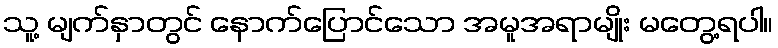
သူ့ မျက်နှာတွင် နောက်ပြောင်သော အမူအရာမျိုး မတွေ့ရပါ။